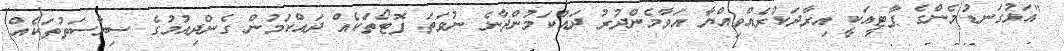
"އަޅުގަނޑުމެންގެ ޕާޓީއަކީ އިރާދަކުރެއްވިއްޔާ އަވާމެންދުރު ދައްކަމުންދާނެ ނުވަތަ ފޮޓޯތަކެއް ދައްކަމުން ގެންދިއުމުގެ ސިޔާސަތުތަކެއް